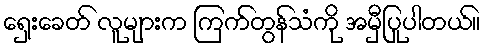
ရှေးခေတ် လူများက ကြက်တွန်သံကို အမှီပြုပါတယ်။